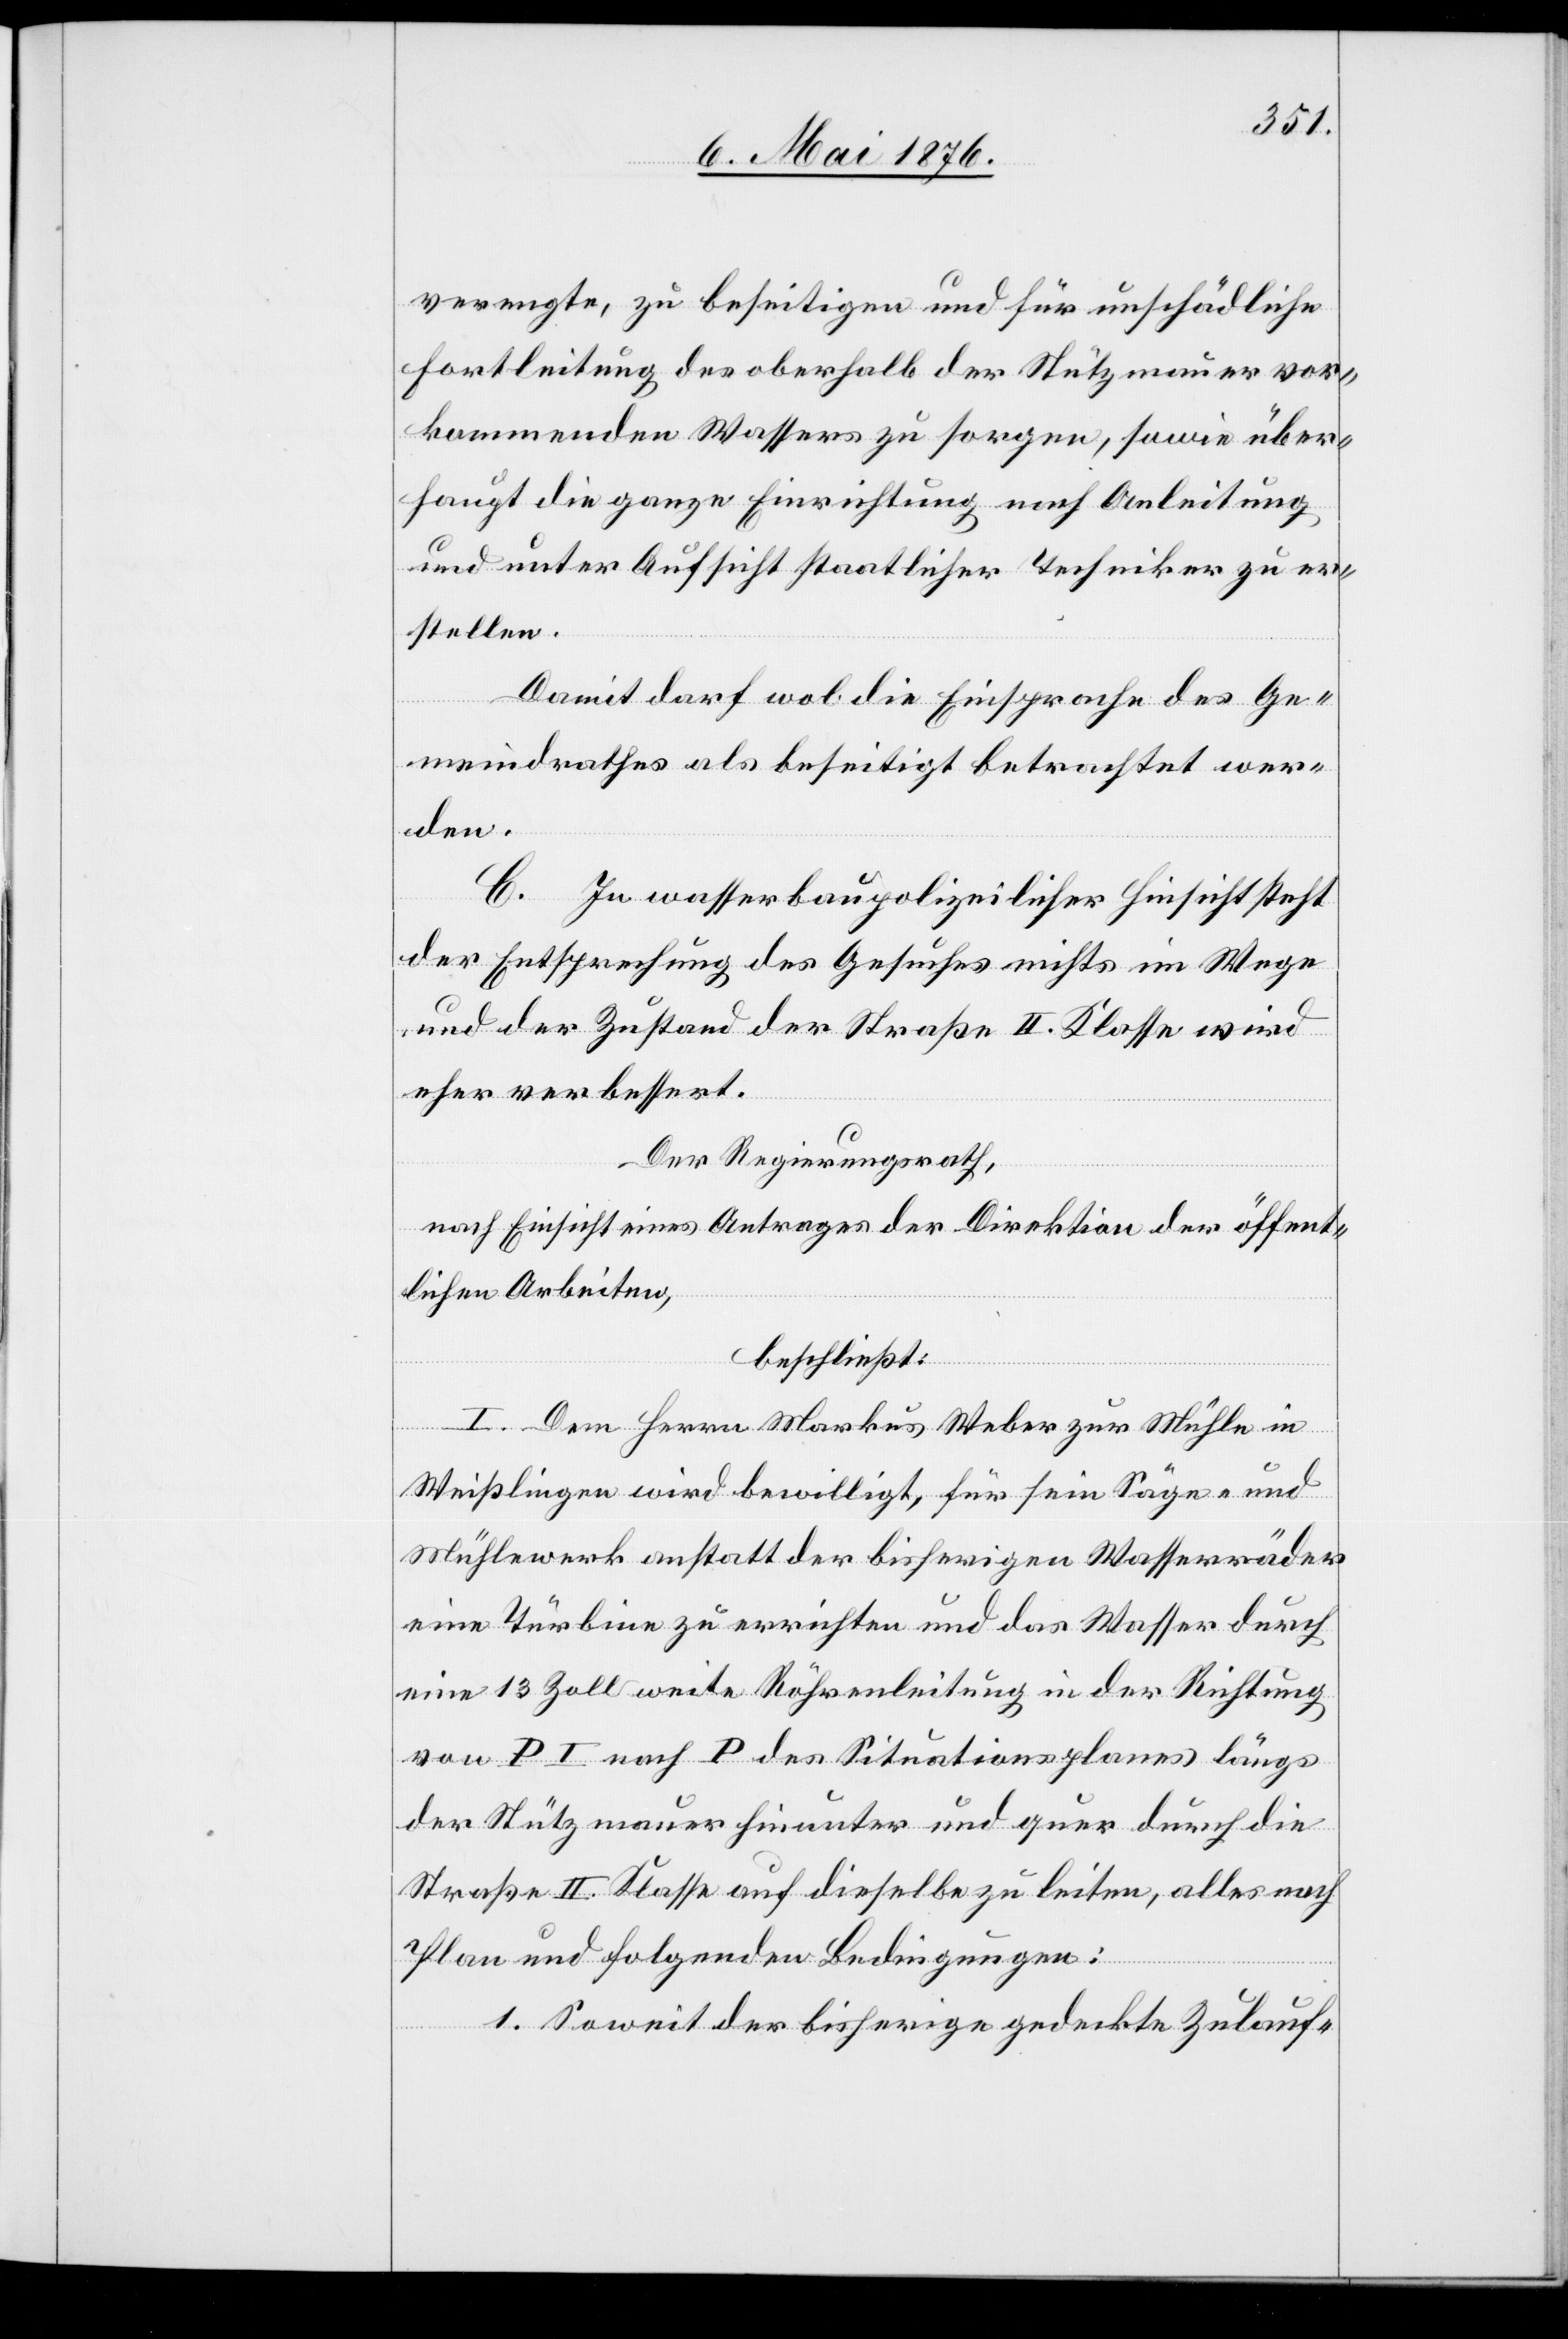
verengte, zu beseitigen und für unschädliche
Fortleitung des oberhalb der Stützmauer vor¬
kommenden Wassers zu sorgen, sowie über¬
haupt die ganze Einrichtung nach Anleitung
und unter Aufsicht staatlicher Techniker zu er¬
stellen.
Damit darf wol die Einsprache des Ge¬
meindrathes als beseitigt betrachtet wer¬
den.
In wasserbaupolizeilicher Hinsicht steht
der Entsprechung des Gesuches nichts im Wege
und der Zustand der Straße II. Klasse wird
eher verbessert.
Der Regierungsrath,
nach Einsicht eines Antrages der Direktion der öffent¬
lichen Arbeiten,
beschließt:
I. Dem Herrn Markus Weber zur Mühle in
Weißlingen wird bewilligt, für sein Säge- und
Mühlewerk anstatt der bisherigen Wasserräder
eine Turbine zu errichten und das Wasser durch
eine 13 Zoll weite Röhrenleitung in der Richtung
von PI nach P des Situationsplanes längs
der Stützmauer hinunter und quer durch die
Straße II. Klasse auf dieselbe zu leiten, alles nach
Plan und folgenden Bedingungen:
1. Soweit der bisherige gedeckte Zulauf-